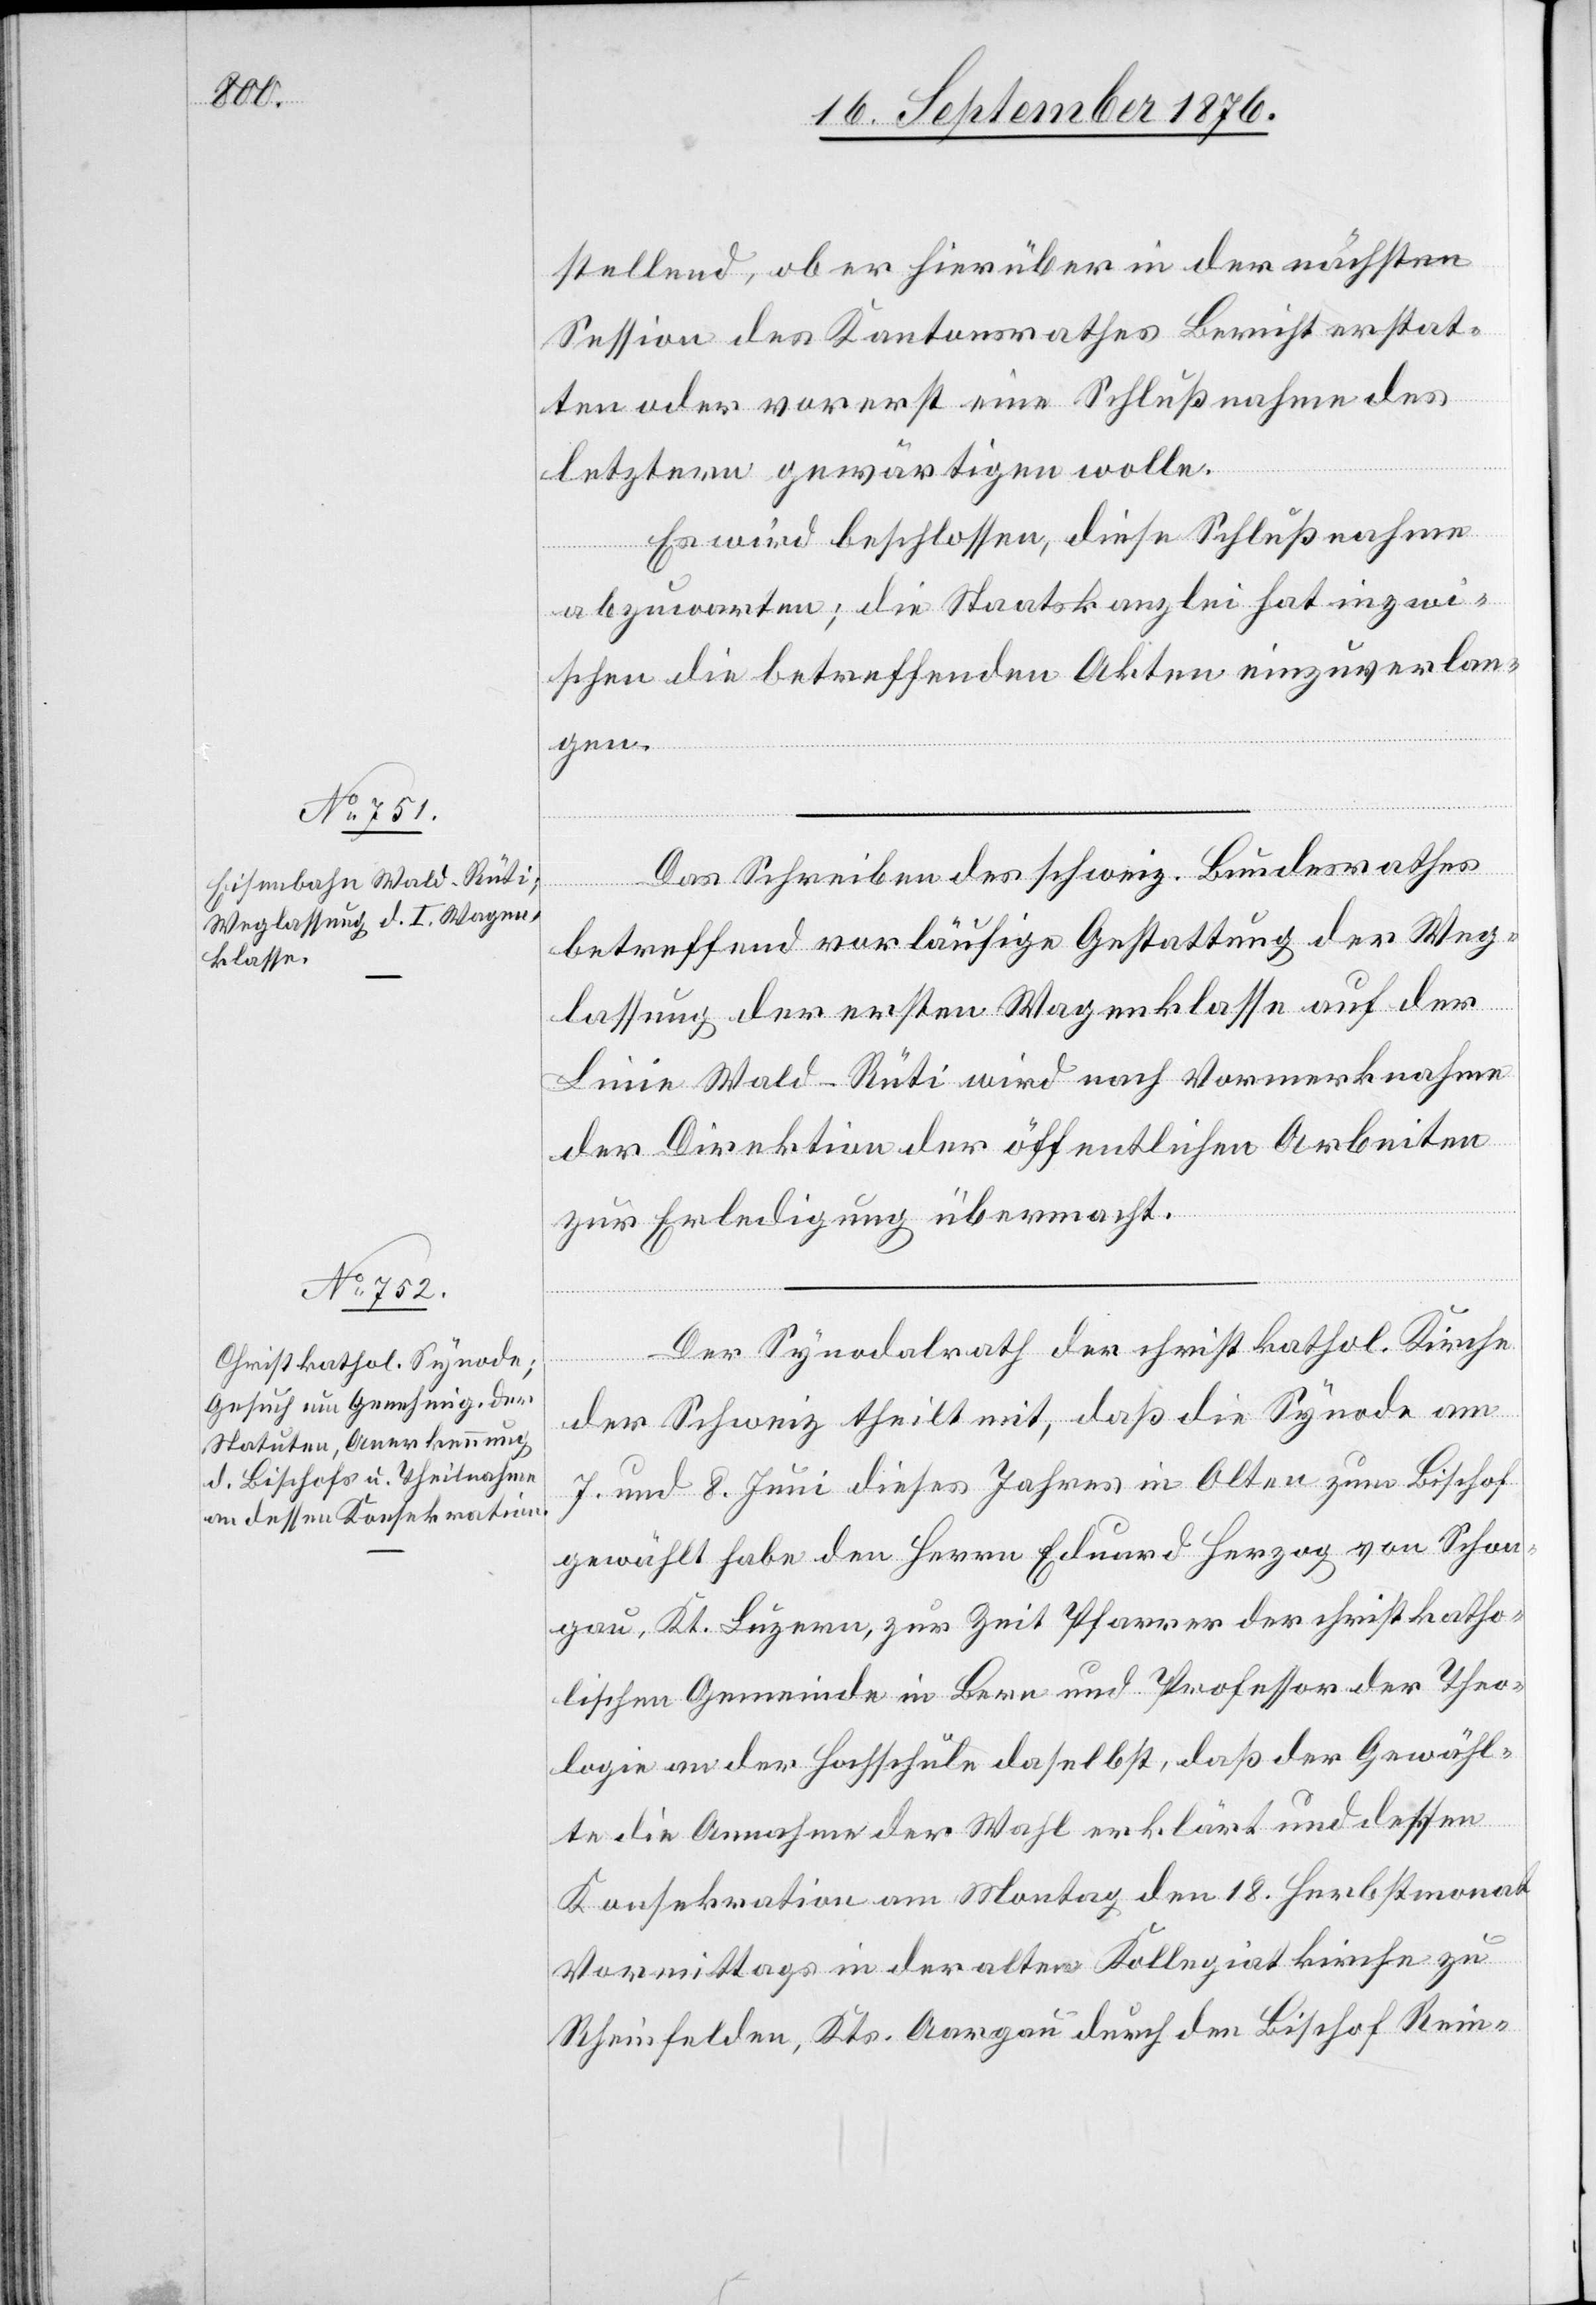
stellend, ob er hierüber in der nächsten
Session des Kantonsrathes Bericht erstat¬
ten oder vorerst eine Schlußnahme des
letztern gewärtigen wolle.
Es wird beschlossen, diese Schlußnahme
abzuwarten; die Staatskanzlei hat inzwi¬
schen die betreffenden Akten einzuverlan¬
gen.
Das Schreiben des schweiz. Bundesrathes
betreffend vorläufige Gestattung der Weg¬
lassung der ersten Wagenklasse auf der
Linie Wald–Rüti wird nach Vormerknahme
der Direktion der öffentlichen Arbeiten
zur Erledigung übermacht.
Der Synodalrath der christkathol. Kirche
der Schweiz theilt mit, daß die Synode am
7. und 8. Juni dieses Jahres in Olten zum Bischof
gewählt habe den Herrn Eduard Herzog von Schon¬
gau, Kt. Luzern, zur Zeit Pfarrer der christkatho¬
lischen Gemeinde in Bern und Professor der Theo¬
logie an der Hochschule daselbst, daß der Gewähl¬
te die Annahme der Wahl erklärt und dessen
Konsekration am Montag den 18. Herbstmonat
Vormittags in der alten Kollegiatkirche zu
Rheinfelden, Kts. Aargau durch den Bischof Rein-